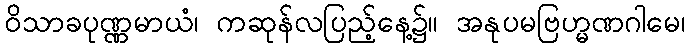
ဝိသာခပုဏ္ဏမာယံ၊ ကဆုန်လပြည့်နေ့၌။ အနုပမဗြဟ္မဏဂါမေ၊